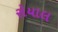
રોયાલ